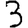
Digit: 3